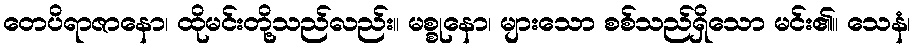
တေပိရာဇာနော၊ ထိုမင်းတို့သည်လည်း။ မစ္စုနော၊ များသော စစ်သည်ရှိသော မင်း၏။ သေနံ၊